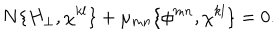
LaTeX: N \{ H _ { \perp } , \chi ^ { k l } \} + \mu _ { m n } \{ \phi ^ { m n } , \chi ^ { k l } \} = 0 .